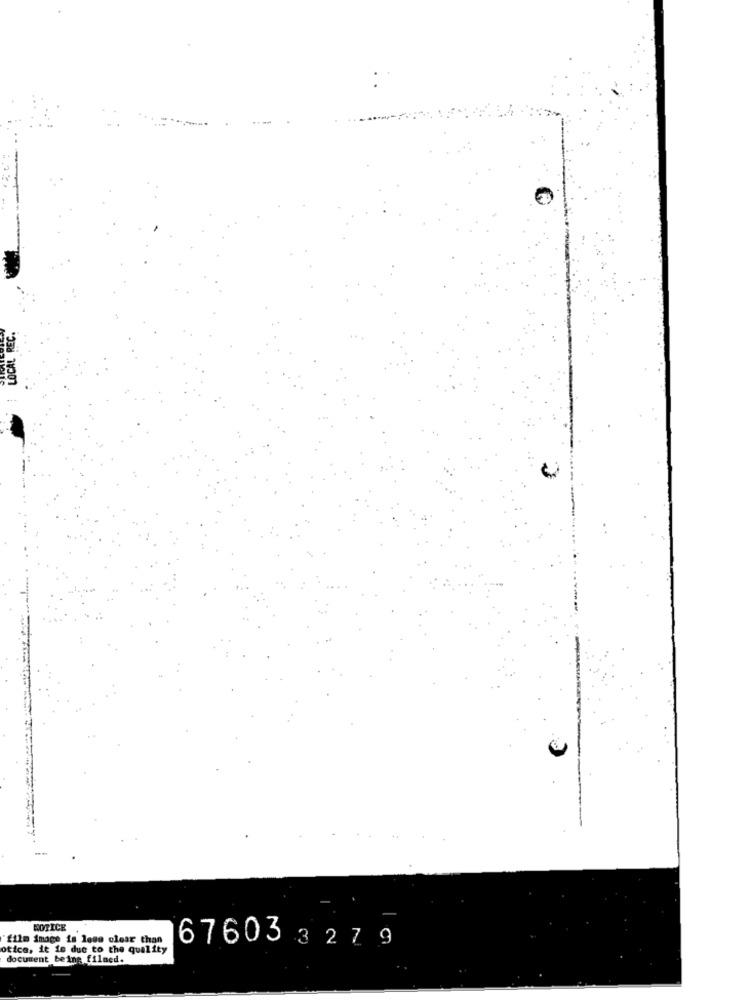
:
LOCAL REC
NOTICE
film image is less clear than
otice, it is due to the quality
676033 27 9
document being filmed.